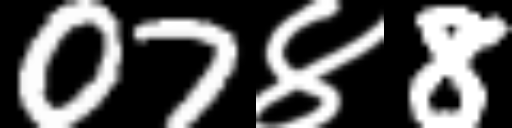
Text: 07४8